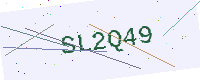
Text: SL2Q49